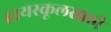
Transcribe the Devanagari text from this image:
हायस्कूलसाठी